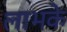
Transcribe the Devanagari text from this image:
लाभके